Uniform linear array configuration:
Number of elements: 64
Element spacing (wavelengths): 0.75
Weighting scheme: cosine
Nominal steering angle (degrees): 45
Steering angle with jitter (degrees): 43.431
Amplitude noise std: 0.05
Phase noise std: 0.05

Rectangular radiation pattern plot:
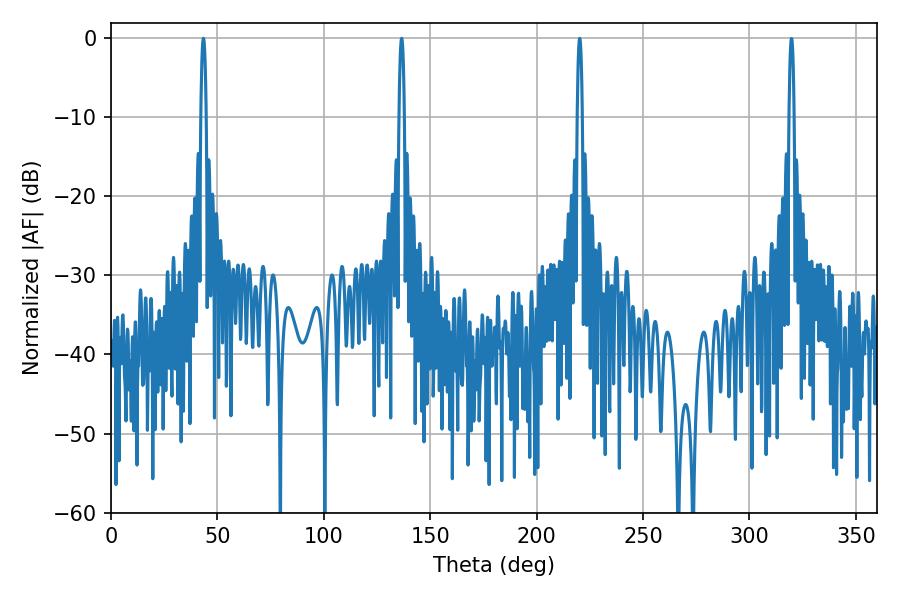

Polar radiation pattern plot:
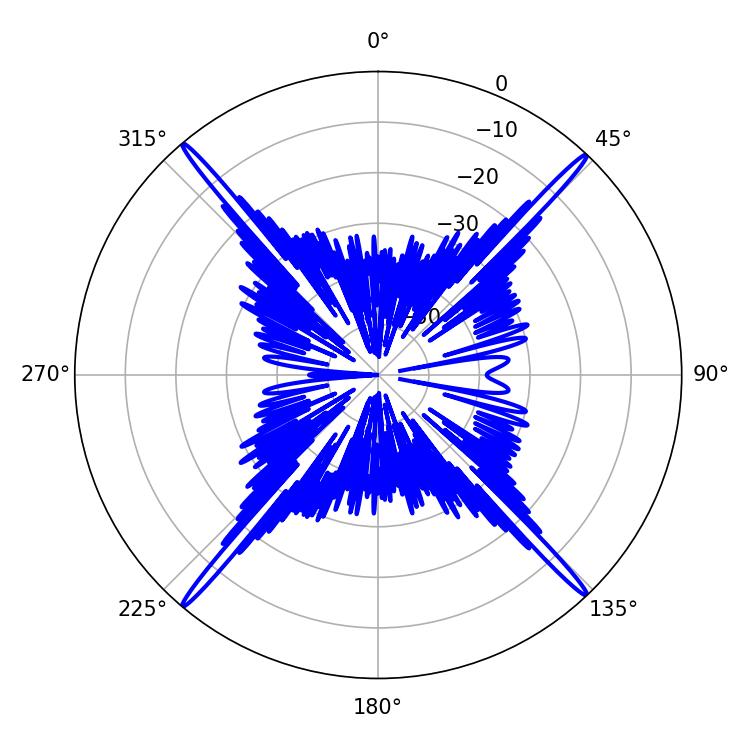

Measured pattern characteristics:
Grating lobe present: TRUE
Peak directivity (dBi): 26.533
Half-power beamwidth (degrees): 1.26
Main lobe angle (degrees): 43.38